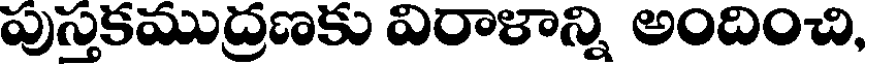
పుస్తకముద్రణకు విరాళాన్ని అందించి,